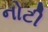
નોટી